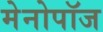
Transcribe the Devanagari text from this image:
मेनोपॉज